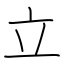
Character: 立